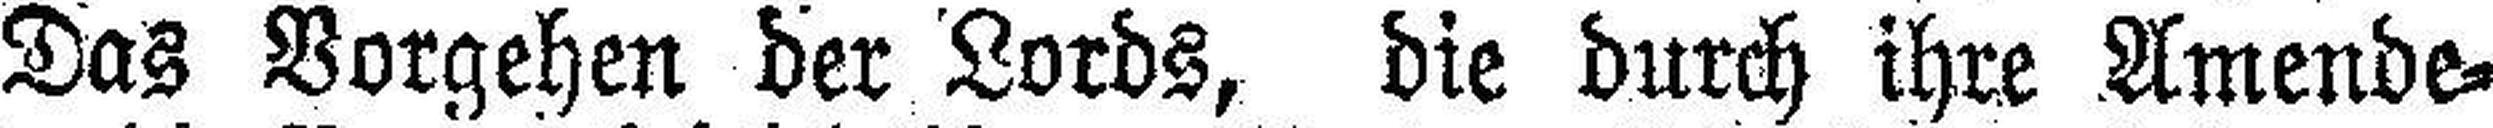
Das Vorgehen der Lords, die durch ihre Amende¬